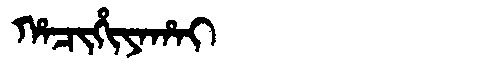
Manchu: ᡥᠠᠴᡳᡥᡳᠶᠠᡥᠠᡳ
Romanization: HACIHIYAHAI